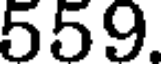
559.